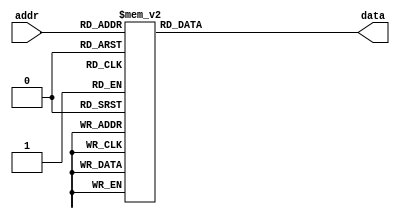
// seven-segment display format for Hexadecimal values (i.e. 0-F) are stored in ROM
// ports:
// addr : input port for getting address
// data : ouput data at location 'addr'
 // addr_width : total number of elements to store (put exact number)
// addr_bits : bits requires to store elements specified by addr_width
// data_width : number of bits in each elements


module ROM_sevenSegment
 #(
 parameter addr_width = 16, // store 16 elements
 addr_bits = 4, // required bits to store 16 elements
 data_width = 7 // each element has 7-bits
 )
 (
input wire [addr_bits-1:0] addr,
output reg [data_width-1:0] data // reg (not wire)
);
always @*
 begin
 case(addr)
 4'b0000 : data = 7'b1000000; // 0
 4'b0001 : data = 7'b1111001; // 1
4'b0010 : data = 7'b0100100; // 2
 4'b0011 : data = 7'b0110000; // 3
4'b0100 : data = 7'b0011001; // 4
 4'b0101 : data = 7'b0010010; // 5
 4'b0110 : data = 7'b0000010; // 6
 4'b0111 : data = 7'b1111000; // 7
4'b1000 : data = 7'b0000000; // 8
 4'b1001 : data = 7'b0010000; // 9
 4'b1010 : data = 7'b0001000; // a
   4'b1011 : data = 7'b0000011; // b
   4'b1100 : data = 7'b1000110; // c
 4'b1101 : data = 7'b0100001; // d
 4'b1110 : data = 7'b0000110; // e
 default : data = 7'b0001110; // f
endcase
 end

 endmodule